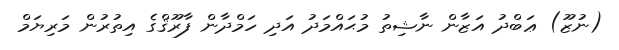
(ނުޒޫ) ޢަބްދު އަޒާން ނާޝިތު މުޙައްމަދު އަދި ހަމްދާން ފާރޫޤްގެ އިތުރުން މަރިޔަމް